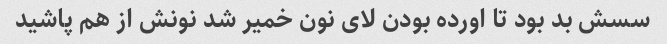
سسش بد بود تا اورده بودن لای نون خمیر شد نونش از هم پاشید